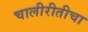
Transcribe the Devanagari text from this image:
चालीरीतीचा